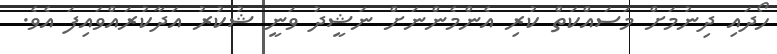
ހޯދައި ދިނުމަށް މަސައްކަތް ކުރި އެންމެންނަށް ނަޝީދު ވަނީ ޝުކުރު އަދާކުރައްވައިފަ އެވެ.